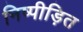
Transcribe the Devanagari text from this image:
निष्पीड़ित